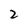
Character: 2